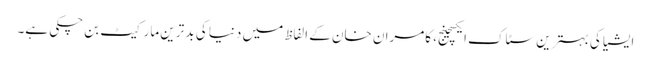
ایشیا کی بہترین سٹاک ایکسچینج، کامران خان کے الفاظ میں دنیا کی بد ترین مارکیٹ بن چکی ہے۔